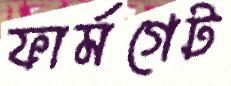
ফার্মগেট